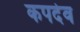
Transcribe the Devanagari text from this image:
कपदेव